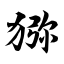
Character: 猕